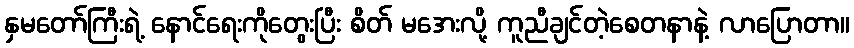
နှမတော်ကြီးရဲ့ နောင်ရေးကိုတွေးပြီး စိတ် မအေးလို့ ကူညီချင်တဲ့စေတနာနဲ့ လာပြောတာ။